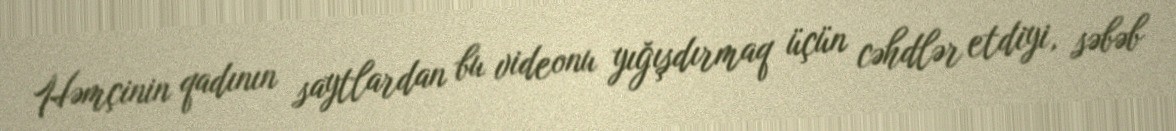
Həmçinin qadının saytlardan bu videonu yığışdırmaq üçün cəhdlər etdiyi, səbəb